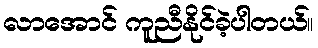
လာအောင် ကူညီနိုင်ခဲ့ပါတယ်။